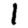
Digit: 1